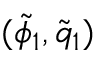
( \tilde { \phi } _ { 1 } , \tilde { q } _ { 1 } )